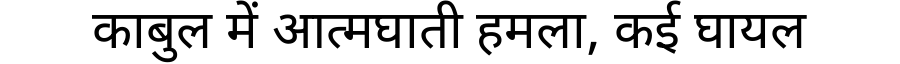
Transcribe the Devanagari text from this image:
काबुल में आत्मघाती हमला, कई घायल